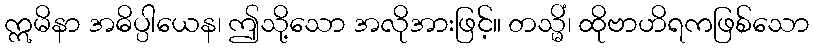
ဣမိနာ အဓိပ္ပါယေန၊ ဤသို့သော အလိုအားဖြင့်။ တသ္မိံ၊ ထိုဗာဟိရကဖြစ်သော